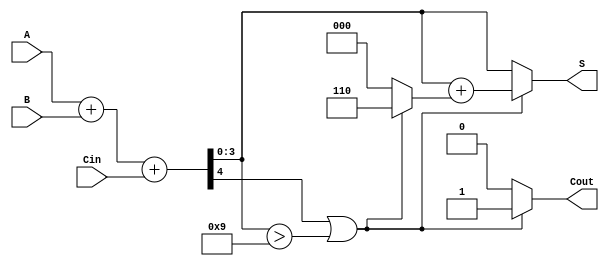
module BCD_Parallel_Adder (
    input  [3:0] A,      // First BCD digit
    input  [3:0] B,      // Second BCD digit
    input        Cin,     // Carry-in
    output reg [3:0] S,   // BCD sum
    output reg Cout       // Carry-out
);

    wire [4:0] Sum;       // 5-bit sum to hold A + B + Cin
    wire Adjust;          // Flag for adjustment
    wire [4:0] Adjusted_Sum; // Adjusted sum after adding 6 if needed

    // Step 1: Perform binary addition
    assign Sum = A + B + Cin;

    // Step 2: Check for BCD adjustment
    assign Adjust = Sum[4] || (Sum[3:0] > 4'b1001);

    // Step 3: Adjust the sum if necessary
    assign Adjusted_Sum = Sum + (Adjust ? 5'b00110 : 5'b00000); // Add 6 if adjustment is needed

    // Step 4: Assign outputs
    always @(*) begin
        if (Adjust) begin
            S = Adjusted_Sum[3:0]; // Lower 4 bits after adjustment
            Cout = 1;               // Set carry-out
        end else begin
            S = Sum[3:0];           // Lower 4 bits of the sum
            Cout = 0;               // No carry-out
        end
    end

endmodule